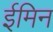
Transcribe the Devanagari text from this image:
ईमिन